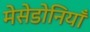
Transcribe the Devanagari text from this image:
मेसेडोनियाँ